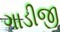
ગાડીજી